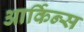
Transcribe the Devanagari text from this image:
आर्किन्स